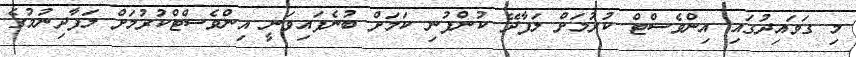
މި ގަވައިދުގައި އިންވެސްޓް ކުރުމަށް ލަފާދޭ ކުންފުނި ކަމަށް ބުނެފައިވަނީ އިންވެސްޓްކުރުމަށް ލަފާދިނުމުގެ